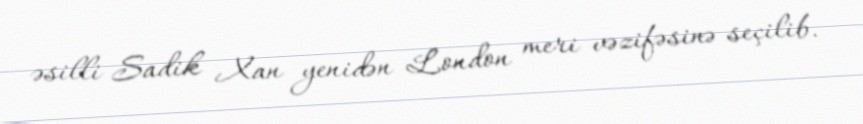
əsilli Sadik Xan yenidən London meri vəzifəsinə seçilib.